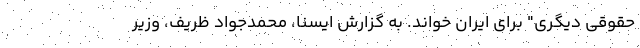
حقوقی دیگری" برای ایران خواند. به گزارش ایسنا، محمدجواد ظریف، وزیر